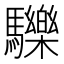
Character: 𩧂